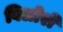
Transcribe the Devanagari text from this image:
विलोरों